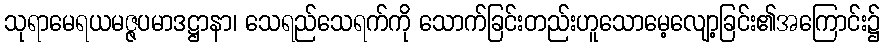
သုရာမေရယမဇ္ဇပမာဒဋ္ဌာနာ၊ သေရည်သေရက်ကို သောက်ခြင်းတည်းဟူသောမေ့လျော့ခြင်း၏အကြောင်း၌